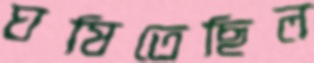
ঘষিতেছিল